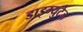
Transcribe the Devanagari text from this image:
डाइम्युटेज़